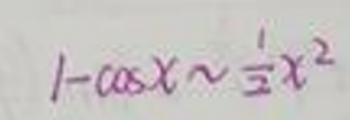
\[
1 - \cos x \sim \frac{1}{2}x^{2}
\]